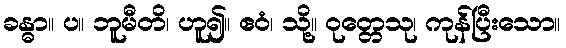
ခန္ဓာ။ ပ။ ဘူမီတိ၊ ဟူ၍။ ဧဝံ၊ သို့။ ဝုတ္တေသု၊ ကုန်ပြီးသော။